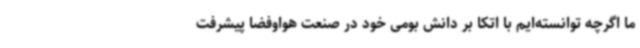
ما اگرچه توانسته‌ایم با اتکا بر دانش بومی خود در صنعت هواوفضا پیشرفت